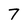
Character: 7